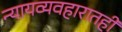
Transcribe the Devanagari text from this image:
न्यायव्यवहारातही